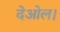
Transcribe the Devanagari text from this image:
देओल।